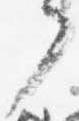
了